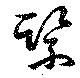
緊